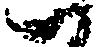
一